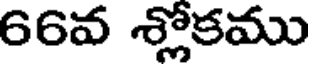
66వ శ్లోకము